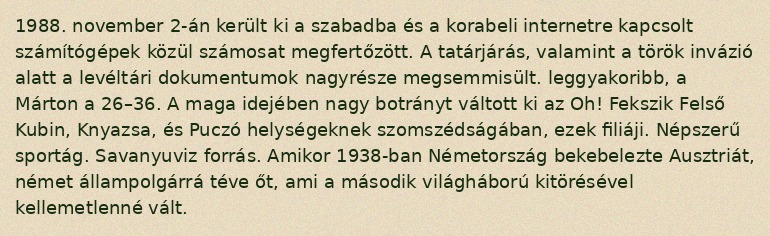
1988. november 2-án került ki a szabadba és a korabeli internetre kapcsolt számítógépek közül számosat megfertőzött. A tatárjárás, valamint a török invázió alatt a levéltári dokumentumok nagyrésze megsemmisült. leggyakoribb, a Márton a 26–36. A maga idejében nagy botrányt váltott ki az Oh! Fekszik Felső Kubin, Knyazsa, és Puczó helységeknek szomszédságában, ezek filiáji. Népszerű sportág. Savanyuviz forrás. Amikor 1938-ban Németország bekebelezte Ausztriát, német állampolgárrá téve őt, ami a második világháború kitörésével kellemetlenné vált.